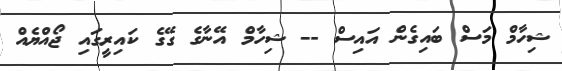
ޝިހާމް މަސް ބައިގެން އައިސް -- ޝިހާމް އޭނާގެ ގޭގެ ކައިރީގައި ޖޯއްޔެއް